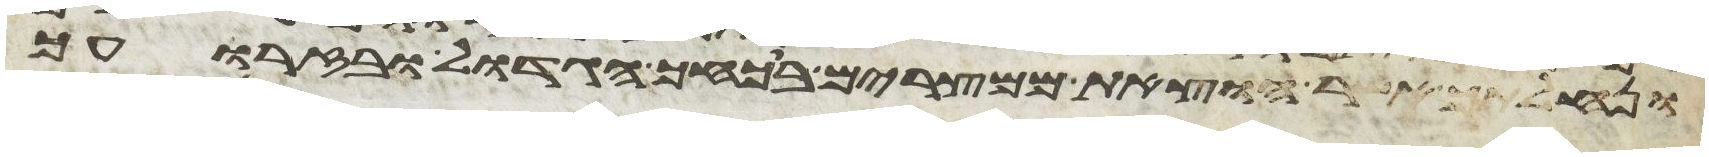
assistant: ונחלתך אשר הוצאת ממצרים בכחך הגדול ובזרועך